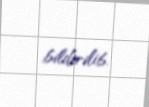
bildirilib.